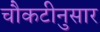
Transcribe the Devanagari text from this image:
चौकटीनुसार